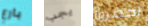
بارع يجب احضروا